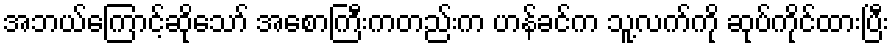
အဘယ်ကြောင့်ဆိုသော် အစောကြီးကတည်းက ဟန်ခင်က သူ့လက်ကို ဆုပ်ကိုင်ထားပြီး